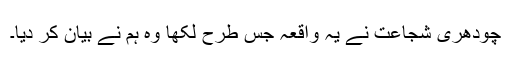
چودھری شجاعت نے یہ واقعہ جس طرح لکھا وہ ہم نے بیان کر دیا۔